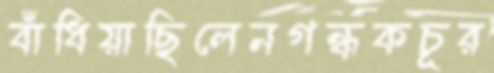
বাঁধিয়াছিলেনগন্ধকচূর